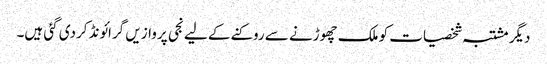
دیگر مشتبہ شخصیات کو ملک چھوڑنے سے روکنے کے لیے نجی پروازیں گرائونڈ کردی گئی ہیں۔